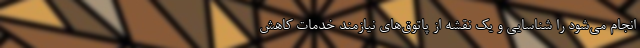
انجام می‌‌شود را شناسایی و یک نقشه از پاتوق‌‌های نیازمند خدمات کاهش